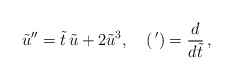
\begin{align*}\tilde u''=\tilde t\, \tilde u+2\tilde u^3,\quad (\,{}')=\frac{d}{d\tilde t}\,,\end{align*}